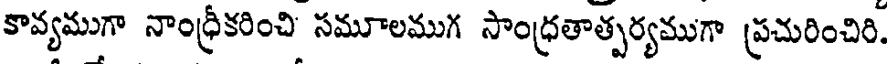
కావ్యముగా నాంధ్రీకరించి సమూలముగ సాంధ్రతాత్పర్యముగా ప్రచురించిరి.